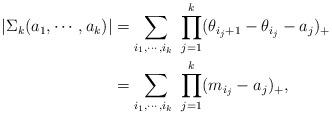
LaTeX: \begin{align*}|\Sigma_k(a_1,\cdots,a_k)|&=\sum_{i_1,\cdots,i_{k}\ }\prod_{j=1}^k(\theta_{i_j+1}-\theta_{i_j}-a_j)_+\\ &=\sum_{i_1,\cdots,i_{k}\ }\prod_{j=1}^k(m_{i_j}-a_j)_+,\end{align*}